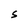
Character: S